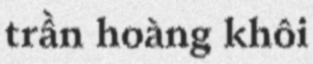
trần hoàng khôi